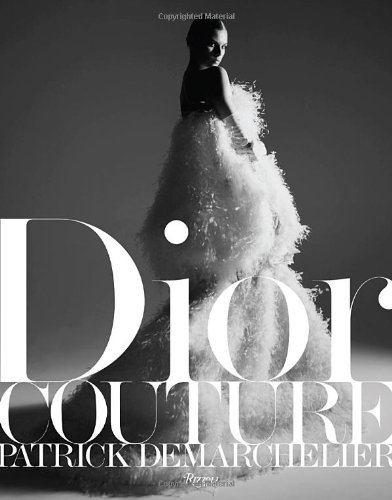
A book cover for Dior Couture; Ingrid Sischy; Arts & Photography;